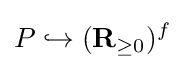
P\hookrightarrow (\mathbf {R} _{\geq 0})^{f}